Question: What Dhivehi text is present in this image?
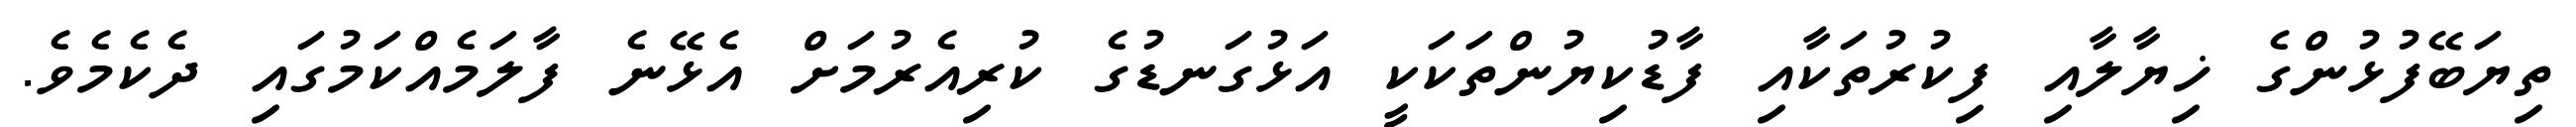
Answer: ތިޔަބޭފުޅުންގެ ޚިޔާލާއި ފިކުރުތަކާއި ފާޑުކިޔުންތަކަކީ އަޅުގަނޑުގެ ކުރިއެރުމަށް އެޅޭނެ ފާލަމެއްކަމުގައި ދެކެމެވެ.